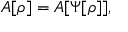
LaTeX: A [ \rho ] = A [ \Psi [ \rho ] ] ,